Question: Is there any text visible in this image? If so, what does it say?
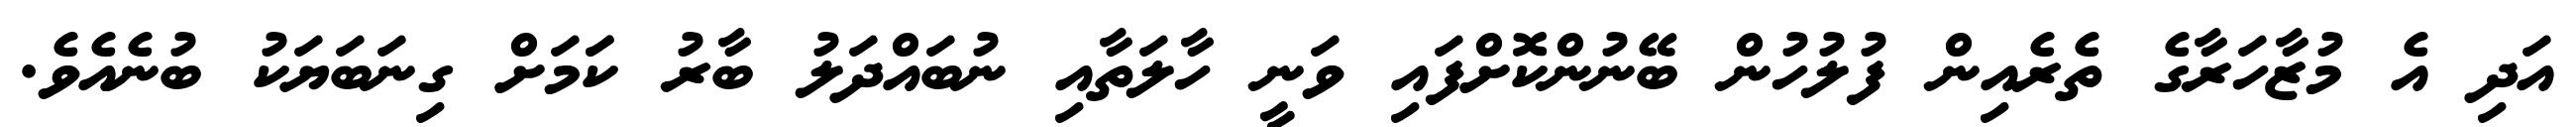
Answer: އަދި އެ މުޒާހަރާގެ ތެރެއިން ފުލުހުން ބޭނުންކޮށްފައި ވަނީ ހާލަތާއި ނުބައްދަލު ބާރު ކަަމަށް ގިނަބަޔަކު ބުނެއެވެ.